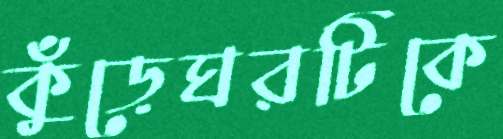
কুঁড়েঘরটিকে